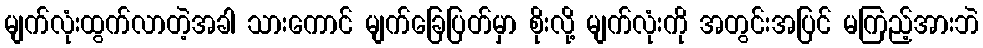
မျက်လုံးထွက်လာတဲ့အခါ သားကောင် မျက်ခြေပြတ်မှာ စိုးလို့ မျက်လုံးကို အတွင်းအပြင် မကြည့်အားဘဲ